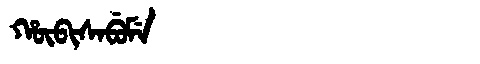
Manchu: ᡥᡡᠪᡳᠰᠠᠪᡠᠮᡝ
Romanization: HŪBISABUME